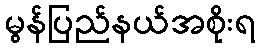
မွန်ပြည်နယ်အစိုးရ